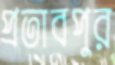
প্রতাবপুর